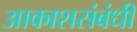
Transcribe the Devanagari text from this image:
आकाशसंबंधी